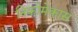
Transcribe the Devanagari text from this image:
निकोमेकास